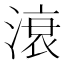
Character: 滖